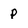
Character: p